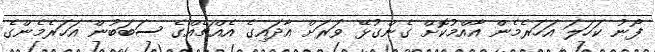
ފޯނު ކަހަލަ އަހަރެމެން އާއްމުކޮށް ގެންގުޅޭ ވަރަށް އާދައިގެ އެއްޗެއްގެ ސަބަބުން އަހަރެމެންގެ